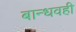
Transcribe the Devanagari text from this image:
बान्धवही